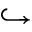
\hookrightarrow